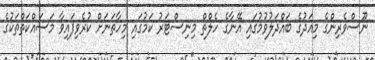
ނޫސްވެރިންގެ މިއަދުގެ ބައްދަލުވުމުގައި އޭނާގެ ހެލްތް މިނިސްޓަރު ކަމުގައި މިހާތަނަށް ކުރެވިފައިވާ މަސައްކަތްތަކުގެ